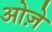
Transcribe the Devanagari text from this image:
ओज़े